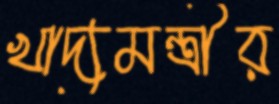
খাদ্যমন্ত্রীর